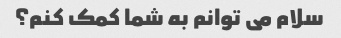
سلام می توانم به شما کمک کنم؟